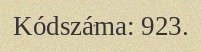
Kódszáma: 923.